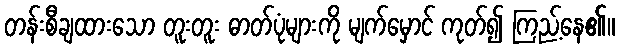
တန်းစီချထားသော တူးတူး ဓာတ်ပုံများကို မျက်မှောင် ကုတ်၍ ကြည့်နေ၏။